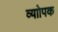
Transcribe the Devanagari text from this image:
व्याोपक